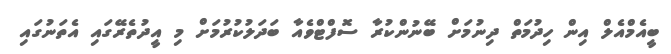
ބީއެމްއެލް އިން ހިދުމަތް ދިނުމަށް ބޭނުންކުރާ ސޮފްޓްވެއާ ބަދަލުކުރުމަށް މި އީދުތެރޭގައި އެތަނުގައި